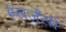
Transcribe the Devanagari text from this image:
इंसर्जेंसी